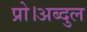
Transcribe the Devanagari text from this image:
प्रो।अब्दुल